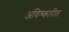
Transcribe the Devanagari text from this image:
अविश्कारीत